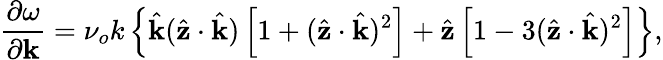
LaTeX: \frac{\partial\omega}{\partial\mathbf{k}}=\nu_{o}k\left\{ \hat{\mathbf{k}}(\hat{\mathbf{z}}\cdot\hat{\mathbf{k}})\left[1+(\hat{\mathbf{z}}\cdot\hat{\mathbf{k}})^{2}\right]+\hat{\mathbf{z}}\left[1-3(\hat{\mathbf{z}}\cdot\hat{\mathbf{k}})^{2}\right]\right\} ,